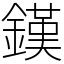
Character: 𨫪